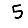
Digit: 5